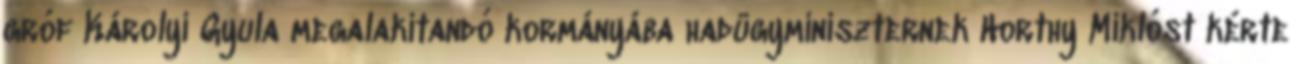
gróf Károlyi Gyula megalakítandó kormányába hadügyminiszternek Horthy Miklóst kérte